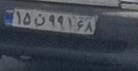
۱۵ن۹۹۱۶۸